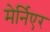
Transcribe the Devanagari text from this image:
मेर्निएर